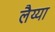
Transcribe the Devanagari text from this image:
लैय्या